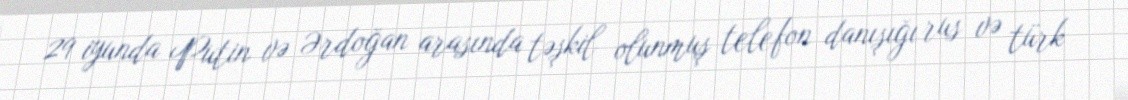
29 iyunda Putin və Ərdoğan arasında təşkil olunmuş telefon danışığı rus və türk